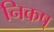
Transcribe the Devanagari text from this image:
निकष्